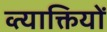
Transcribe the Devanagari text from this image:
व्त्याक्तियों